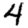
Digit: 4